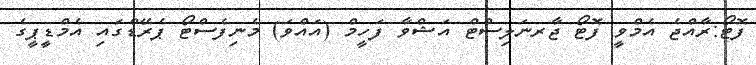
ފޮޓޯ:ރާއްޖެ އެމްވީ ފޮޓޯ ޖާރނަލިސްޓް އަޝްވާ ފަހީމް (އައްވަ) މެނިފެސްޓޯ ޕެރޭޑްގައި އެމްޑީޕީގެ